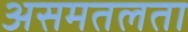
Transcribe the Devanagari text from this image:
असमतलता